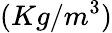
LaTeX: (Kg/m^{3})